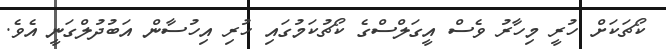
ކޯޗަކަށް ހުރީ މިހާރު ވެސް އީގަލްސްގެ ކޯޗުކަމުގައި ހުރި އިހުސާން އަބުދުލްގަނީ އެވެ.